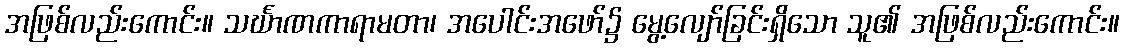
အဖြစ်လည်းကောင်း။ သင်္ဃာဏကာရာမတာ၊ အပေါင်းအဖော်၌ မွေ့လျော်ခြင်းရှိသော သူ၏ အဖြစ်လည်းကောင်း။